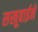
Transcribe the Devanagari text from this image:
सखूबाईने